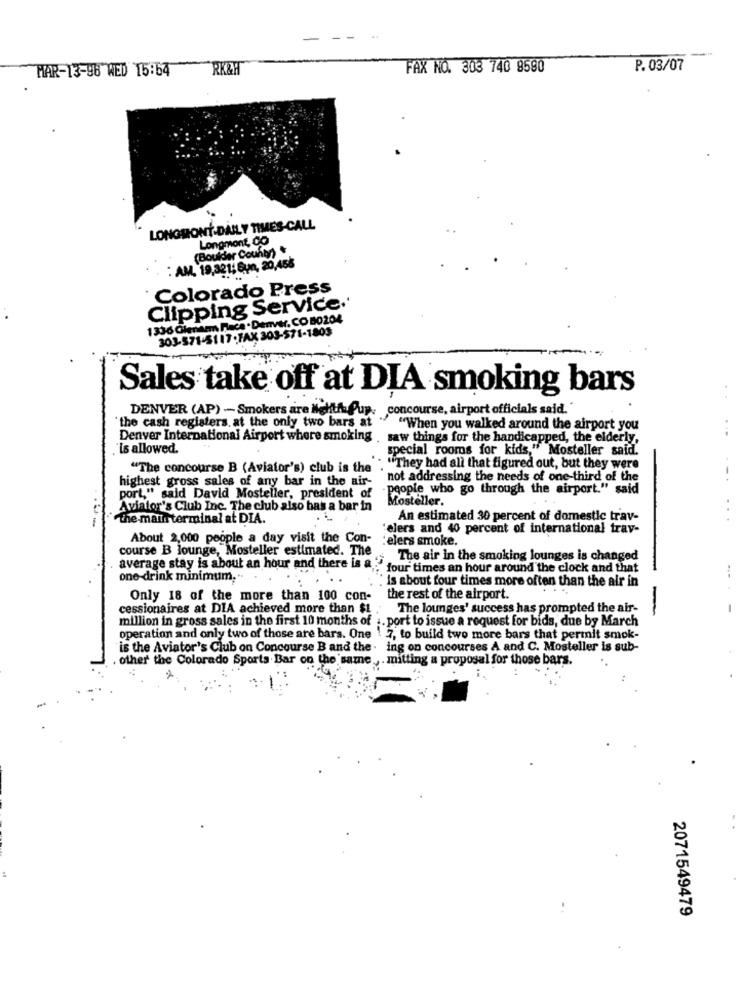
MAR-13-98 WED 15:54
RK&H
FAX NO. 303 740 8590
P. 03/07
LONGMONT-DAILY TIMES-CALL
Longmont, CO
(Boulder County) *
: AM, 19,321; Sun, 20,456
Colorado Press
Clipping Service.'
1336 Cienam Placa . Denver, CO 80204
303-571-5117-FAX 303-571-1803
Sales take off at DIA smoking bars
DENVER (AP) - Smokers are Nehtffup, concourse, airport officials said."
the cash registers. at the only two bars at " "When you walked around the airport you
Denver International Airport where smoking .saw things for the handicapped, the elderly,
'is allowed.
special rooms for kids," Mosteller said.
"The concourse B (Aviator's) club is the .
"They had all that figured out, but they were
highest gross sales of any bar in the air-
not addressing the needs of one-third of the
people who go through the airport." said
port," said David Mosteller, president of
Mosteller.
Aviator's Club Inc. The club also bas a bar in
--
the maus terminal at DIA.
An estimated 30 percent of domestic trav-
'elers and 40 percent of international trav-
About 2,000 people a day visit the Con-
elers smoke.
course B lounge, Mosteller estimated. The
The air in the smoking lounges is changed
average stay is about an hour and there is a .
:four times an hour around the clock and that
one-drink minimum ...
is about four times more often than the air in
Only 18 of the more than 100 con-
the rest of the airport.
cessionaires at DIA achieved more than $1
The lounges' success has prompted the air-
-
million in gross sales in the first 10 months of :. port to issue a request for bids, due by March
-
operation and only two of those are bars. One ! 7, to build two more bars that permit smok-
"is the Aviator's Club on Concourse B and the - ing on concourses A and C. Mosteller is sub-
other the Colorado Sports Bar on the same, . mitting a proposal for those bars.
2071549479